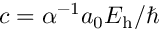
c = \alpha ^ { - 1 } a _ { 0 } E _ { \mathrm { h } } / \hbar